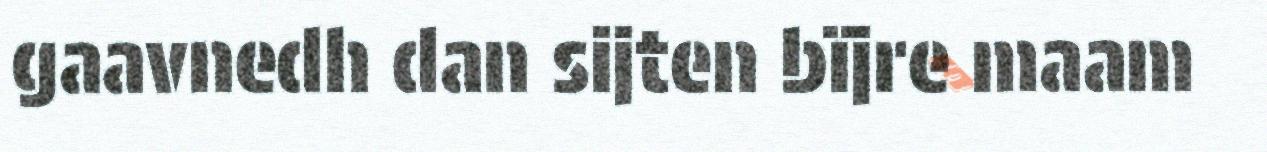
gaavnedh dan sijten bïjre maam